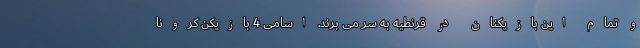
و تمام این بازیکنان در قرنطیه به سر می برند. اسامی 4 بازیکن کرونا